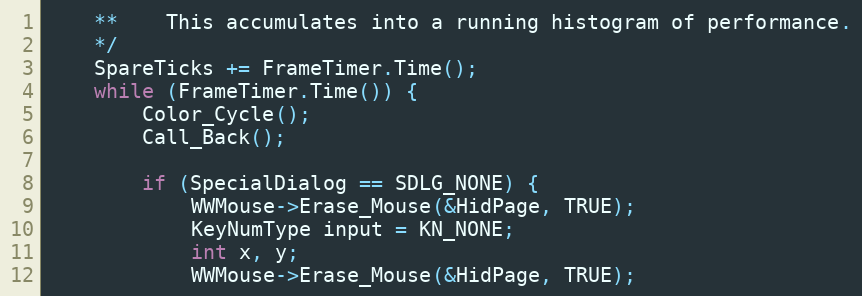
Language: C++
	**	This accumulates into a running histogram of performance.
	*/
	SpareTicks += FrameTimer.Time();
	while (FrameTimer.Time()) {
		Color_Cycle();
		Call_Back();

		if (SpecialDialog == SDLG_NONE) {
			WWMouse->Erase_Mouse(&HidPage, TRUE);
			KeyNumType input = KN_NONE;
			int x, y;
			WWMouse->Erase_Mouse(&HidPage, TRUE);